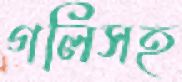
গলিসহ